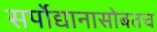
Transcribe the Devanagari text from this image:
सर्पोद्यानासोबतच